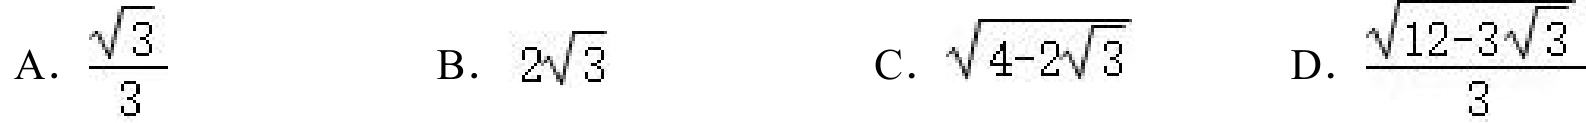
A. \(\frac{\sqrt{3}}{3}\)  B. \(2\sqrt{3}\)  C. \(\sqrt{4 - 2\sqrt{3}}\)  D. \(\frac{\sqrt{12 - 3\sqrt{3}}}{3}\)